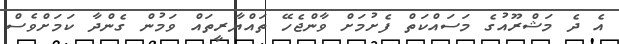
އެ ދެ މަޝްރޫއުގެ މަސައްކަތް ފެށުމަށް ވާންޖެހޭ ތައްޔާރީތައް ވަމުން ގެންދާ ކަމަށްވެސް